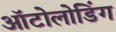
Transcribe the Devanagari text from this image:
ऑटोलोडिंग